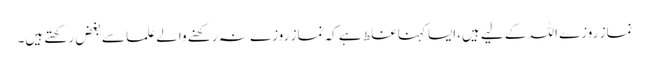
نماز روزے اللہ کے لیے ہیں،ایسا کہنا غلط ہے کہ نماز روزے نہ رکھنے والے علما سے بغض رکھتے ہیں۔